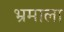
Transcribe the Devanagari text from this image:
भ्रमाला